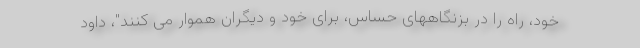
خود، راه را در بزنگاههای حساس، برای خود و دیگران هموار می کنند"، داود